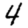
Digit: 4